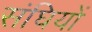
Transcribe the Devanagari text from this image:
संघियों